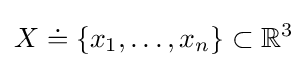
X\doteq \{x_{1},\dots ,x_{n}\}\subset {\mathbb {R} }^{3}